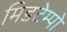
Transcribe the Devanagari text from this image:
मिडटेम्पो